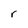
Character: r